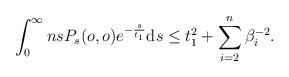
LaTeX: \begin{align*}\int_0^{\infty}nsP_s(o,o)e^{-\frac{s}{t_{1}}}\mathrm{d}s \le t_1^{2}+ \sum_{i=2}^{n}\beta_i^{-2} .\end{align*}